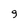
Character: 9